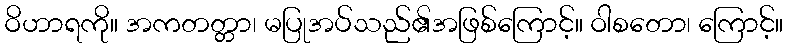
ဝိဟာရကို။ အကတတ္တာ၊ မပြုအပ်သည်၏အဖြစ်ကြောင့်။ ဝါစတော၊ ကြောင့်။